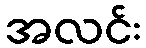
အလင်း